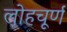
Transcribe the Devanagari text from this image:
लोहचूर्ण